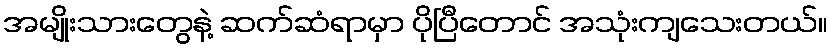
အမျိုးသားတွေနဲ့ ဆက်ဆံရာမှာ ပိုပြီတောင် အသုံးကျသေးတယ်။